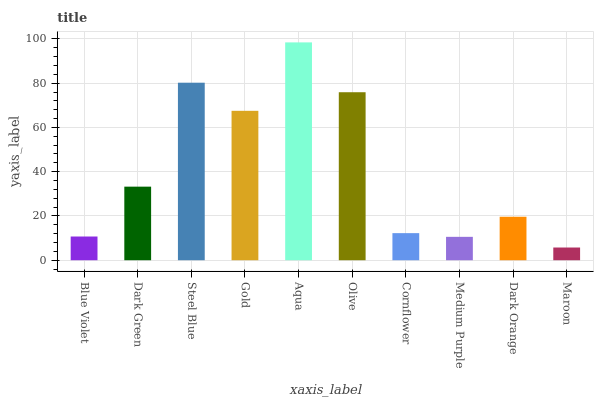
| xaxis_label | bars |
 | --- | --- |
 | Blue Violet | 10.7 |
 | Dark Green | 33.2 |
 | Steel Blue | 80.2 |
 | Gold | 67.5 |
 | Aqua | 98.4 |
 | Olive | 75.9 |
 | Cornflower | 12.2 |
 | Medium Purple | 10.6 |
 | Dark Orange | 19.6 |
 | Maroon | 5.74 |